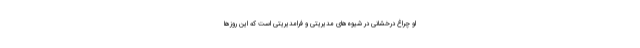
او چراغ درخشانی در شیوه‌های مدیریتی و فرامدیریتی است که این روزها